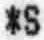
*S